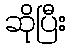
ဆိုပြီး